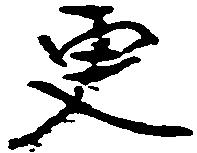
更